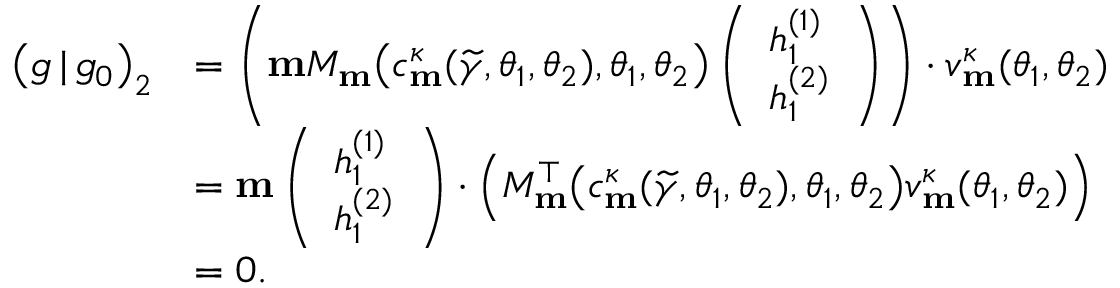
\begin{array} { r l } { \big ( g \, | \, g _ { 0 } \big ) _ { 2 } } & { = \left( \mathbf { m } M _ { \mathbf { m } } \big ( c _ { \mathbf { m } } ^ { \kappa } ( \widetilde { \gamma } , \theta _ { 1 } , \theta _ { 2 } ) , \theta _ { 1 } , \theta _ { 2 } \big ) \left( \begin{array} { l } { h _ { 1 } ^ { ( 1 ) } } \\ { h _ { 1 } ^ { ( 2 ) } } \end{array} \right) \right) \cdot v _ { \mathbf { m } } ^ { \kappa } ( \theta _ { 1 } , \theta _ { 2 } ) } \\ & { = \mathbf { m } \left( \begin{array} { l } { h _ { 1 } ^ { ( 1 ) } } \\ { h _ { 1 } ^ { ( 2 ) } } \end{array} \right) \cdot \Big ( M _ { \mathbf { m } } ^ { \top } \big ( c _ { \mathbf { m } } ^ { \kappa } ( \widetilde { \gamma } , \theta _ { 1 } , \theta _ { 2 } ) , \theta _ { 1 } , \theta _ { 2 } \big ) v _ { \mathbf { m } } ^ { \kappa } ( \theta _ { 1 } , \theta _ { 2 } ) \Big ) } \\ & { = 0 . } \end{array}